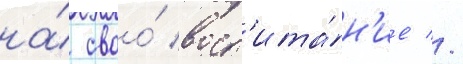
на́ своо́ восп'ита́н'ие //